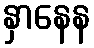
နှာနေန